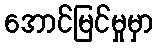
အောင်မြင်မှုမှာ